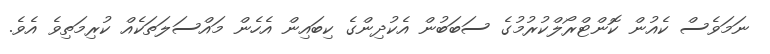
ނަމަވެސް ކެއުން ކޮންޓްރޯލްކުރުމުގެ ސަބަބުން އެކުދިންގެ ކިބައިން އެހެން މައްސަލަތަކެއް ކުރިމަތިވެ އެވެ.